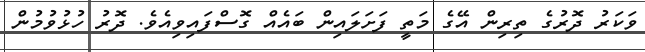
ވަކަރު ދޮރުގެ ތިރިން އޭގެ މަތީ ފަށަލައިން ބައެއް ގޮސްފައިވިއެވެ. ދޮރު ހުޅުވުމުން